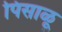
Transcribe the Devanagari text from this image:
पिसाळू